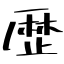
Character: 歴